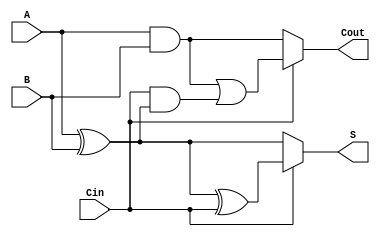
module ConditionalSumFullAdder (
    input wire A,      // First input bit
    input wire B,      // Second input bit
    input wire Cin,    // Carry-in bit
    output wire S,     // Sum output
    output wire Cout    // Carry-out output
);

    // Intermediate signals for conditional sums and carry-outs
    wire S0, S1;      // Sum outputs for Cin = 0 and Cin = 1
    wire C0, C1;      // Carry outputs for Cin = 0 and Cin = 1

    // Calculate sums based on the value of Cin
    assign S0 = A ^ B;              // Sum when Cin = 0
    assign S1 = S0 ^ Cin;           // Sum when Cin = 1

    // Calculate carry-outs based on the value of Cin
    assign C0 = A & B;              // Carry-out when Cin = 0
    assign C1 = (A & B) | (Cin & S0); // Carry-out when Cin = 1

    // Final outputs based on the value of Cin
    assign S = (Cin) ? S1 : S0;     // Select sum based on Cin
    assign Cout = (Cin) ? C1 : C0;  // Select carry-out based on Cin

endmodule